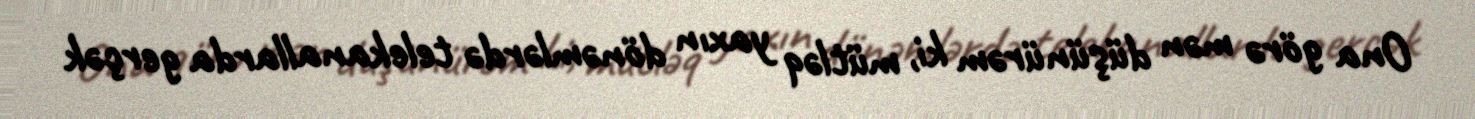
Ona görə mən düşünürəm ki, mütləq yaxın dönəmlərdə telekanallarda gerçək